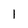
Character: 1